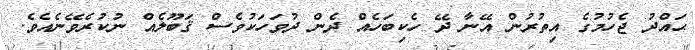
ޙައްދު ޖެހުމުގެ އިތުރުން އޭނާ ދޭ ހެކިބަހެއް ދެން ދުވަހަކުވެސް ޤަބޫލެއް ނުކުރެވޭނެއެވެ.